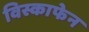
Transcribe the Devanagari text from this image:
विस्काफेन